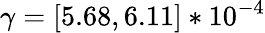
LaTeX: \gamma=[5.68,6.11]*10^{-4}